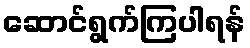
ဆောင်ရွက်ကြပါရန်